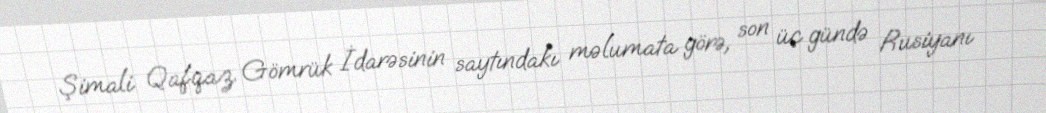
Şimali Qafqaz Gömrük İdarəsinin saytındakı məlumata görə, son üç gündə Rusiyanı